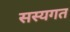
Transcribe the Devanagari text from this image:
सस्यगत